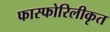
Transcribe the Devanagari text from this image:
फास्फोरिलीकृत